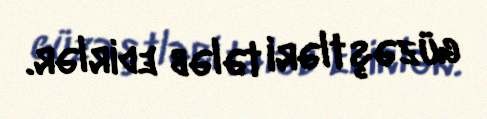
güzəştləri tələb edirlər.